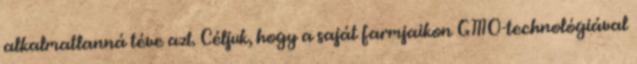
alkalmatlanná téve azt. Céljuk, hogy a saját farmjaikon GMO-technológiával